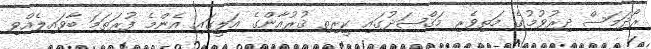
ރޯދަމަސް ދިރުވުމުގެ މަތިވެރި މަޤްޞަދުގައި ކީރިތި ޤުރުއާންގެ އަލީގައި އެންމެ ފުރަތަމަ ބާވައިލެއްވި